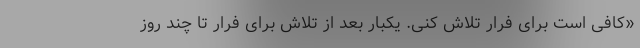
«کافی است برای فرار تلاش کنی. یکبار بعد از تلاش برای فرار تا چند روز